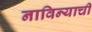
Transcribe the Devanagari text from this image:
नाविन्याची